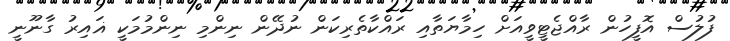
ފުލުސް އޮފީހުން ރާއްޖެޓީވީއަށް ހިމާޔަތާއި ރައްކާތެރިކަން ނުދޭން ނިންމި ނިންމުމަކީ ޣައިރު ގާނޫނީ